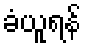
ခံယူရန်